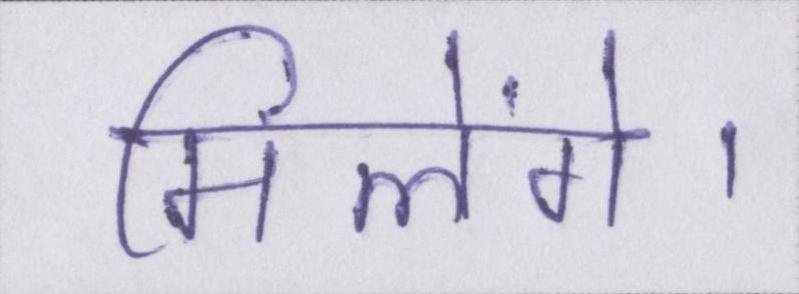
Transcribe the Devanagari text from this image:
मिलेंगे।